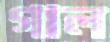
গাল